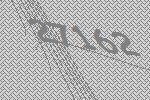
27162